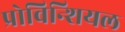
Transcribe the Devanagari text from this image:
प्रोविन्शियल